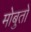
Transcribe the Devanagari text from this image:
मोबुतो